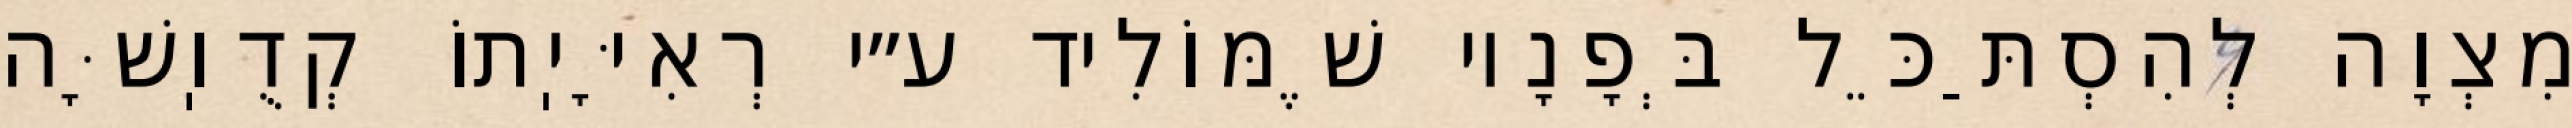
מִצְוָה לְהִסְתַּכֵּל בְּפָנָיו שֶׁמּוֹלִיד ע״י רְאִיָּיֽתוֹ קְדֻוֽשָּׁה